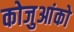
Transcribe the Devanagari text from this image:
कोजुआंको